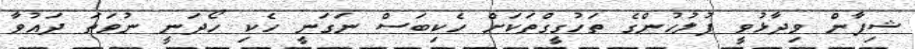
ޝިފާން ވިދާޅުވީ ފުލުހުންގެ ތަހުގީގްތަކަށް ހެކިބަސް ނަގަނީ ހެކި ހޯދަނީ ނުވަތަ ދައުވާ